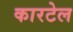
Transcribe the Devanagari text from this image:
कारटेल